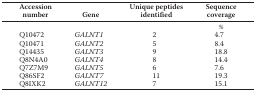
<table><thead><tr><td><b>Accession number</b></td><td><b>Gene</b></td><td><b>Unique peptides identified</b></td><td><b>Sequence coverage</b></td></tr></thead><tbody><tr><td></td><td></td><td></td><td>%</td></tr><tr><td>Q10472</td><td><i>GALNT1</i></td><td>2</td><td>4.7</td></tr><tr><td>Q10471</td><td><i>GALNT2</i></td><td>5</td><td>8.4</td></tr><tr><td>Q14435</td><td><i>GALNT3</i></td><td>9</td><td>18.8</td></tr><tr><td>Q8N4A0</td><td><i>GALNT4</i></td><td>8</td><td>14.4</td></tr><tr><td>Q7Z7M9</td><td><i>GALNT5</i></td><td>6</td><td>7.6</td></tr><tr><td>Q86SF2</td><td><i>GALNT7</i></td><td>11</td><td>19.3</td></tr><tr><td>Q8IXK2</td><td><i>GALNT12</i></td><td>7</td><td>15.1</td></tr></tbody></table>